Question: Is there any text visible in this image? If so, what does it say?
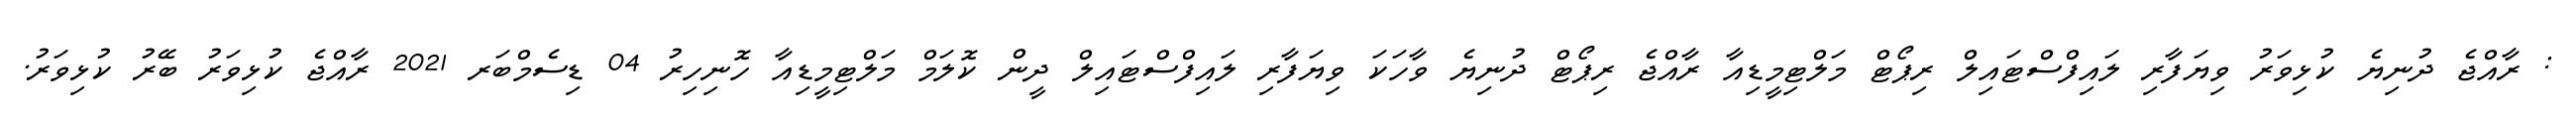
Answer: : ރާއްޖެ ދުނިޔެ ކުޅިވަރު ވިޔަފާރި ލައިފްސްޓައިލް ރިޕޯޓް މަލްޓިމީޑިއާ ރާއްޖެ ރިޕޯޓް ދުނިޔެ ވާހަކަ ވިޔަފާރި ލައިފްސްޓައިލް ދީން ކޮލަމް މަލްޓިމީޑިއާ ހޮނިހިރު 04 ޑިސެމްބަރ 2021 ރާއްޖެ ކުޅިވަރު ބޭރު ކުޅިވަރު.